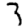
Digit: 3